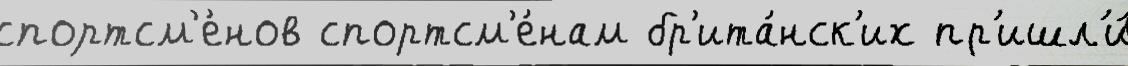
спортсм'е́нов спортсм'е́нам бр'ита́нск'их пр'ишл'и́